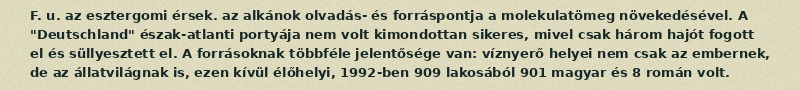
F. u. az esztergomi érsek. az alkánok olvadás- és forráspontja a molekulatömeg növekedésével. A "Deutschland" észak-atlanti portyája nem volt kimondottan sikeres, mivel csak három hajót fogott el és süllyesztett el. A forrásoknak többféle jelentősége van: víznyerő helyei nem csak az embernek, de az állatvilágnak is, ezen kívül élőhelyi, 1992-ben 909 lakosából 901 magyar és 8 román volt.